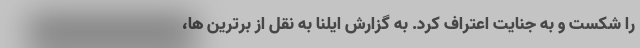
را شکست و به جنایت اعتراف کرد. به گزارش ایلنا به نقل از برترین ها،